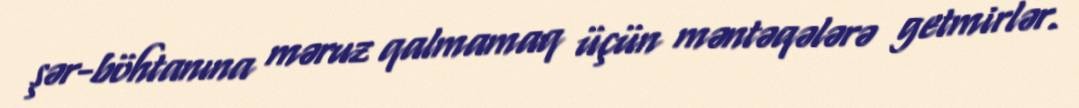
şər-böhtanına məruz qalmamaq üçün məntəqələrə getmirlər.